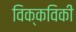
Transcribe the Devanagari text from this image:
विक्कविकी